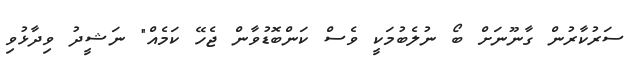
ސަރުކާރުން ގާނޫނަށް ބޯ ނުލެބުމަކީ ވެސް ކަންބޮޑުވާން ޖެހޭ ކަމެއް" ނަޝީދު ވިދާޅުވި